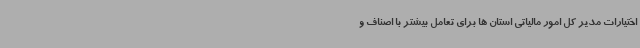
اختیارات مدیر کل امور مالیاتی استان ها برای تعامل بیشتر با اصناف و